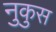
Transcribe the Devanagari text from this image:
नुकुस